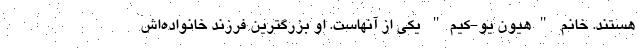
هستند. خانم "هیون یو-کیم" یکی از آنهاست. او بزرگترین فرزند خانواده‌اش